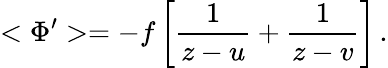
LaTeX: <\Phi^{\prime}>=-f\left[\frac{1}{z-u}+\frac{1}{z-v}\right]\, .